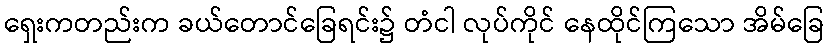
ရှေးကတည်းက ခယ်တောင်ခြေရင်း၌ တံငါ လုပ်ကိုင် နေထိုင်ကြသော အိမ်ခြေ